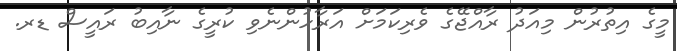
މީގެ އިތުރުން މިއަދު ރާއްޖޭގެ ވެރިކަމަށް އަރާހުންނެވި ކުރީގެ ނާއިބު ރައީސް ޑރ.